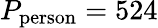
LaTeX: P_{\mathrm{person}}=524